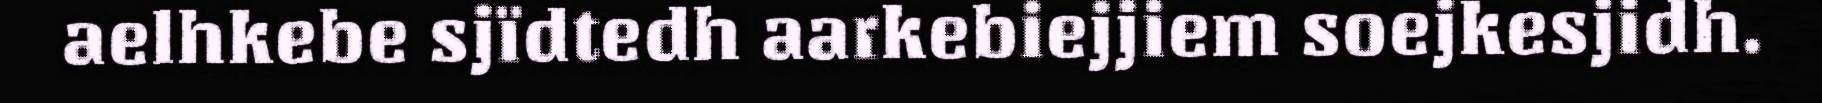
aelhkebe sjïdtedh aarkebiejjiem soejkesjidh.